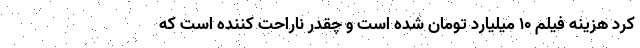
کرد هزینه فیلم 10 میلیارد تومان شده است و چقدر ناراحت کننده است که